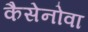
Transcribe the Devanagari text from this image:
कैसेनोवा